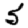
Digit: 5